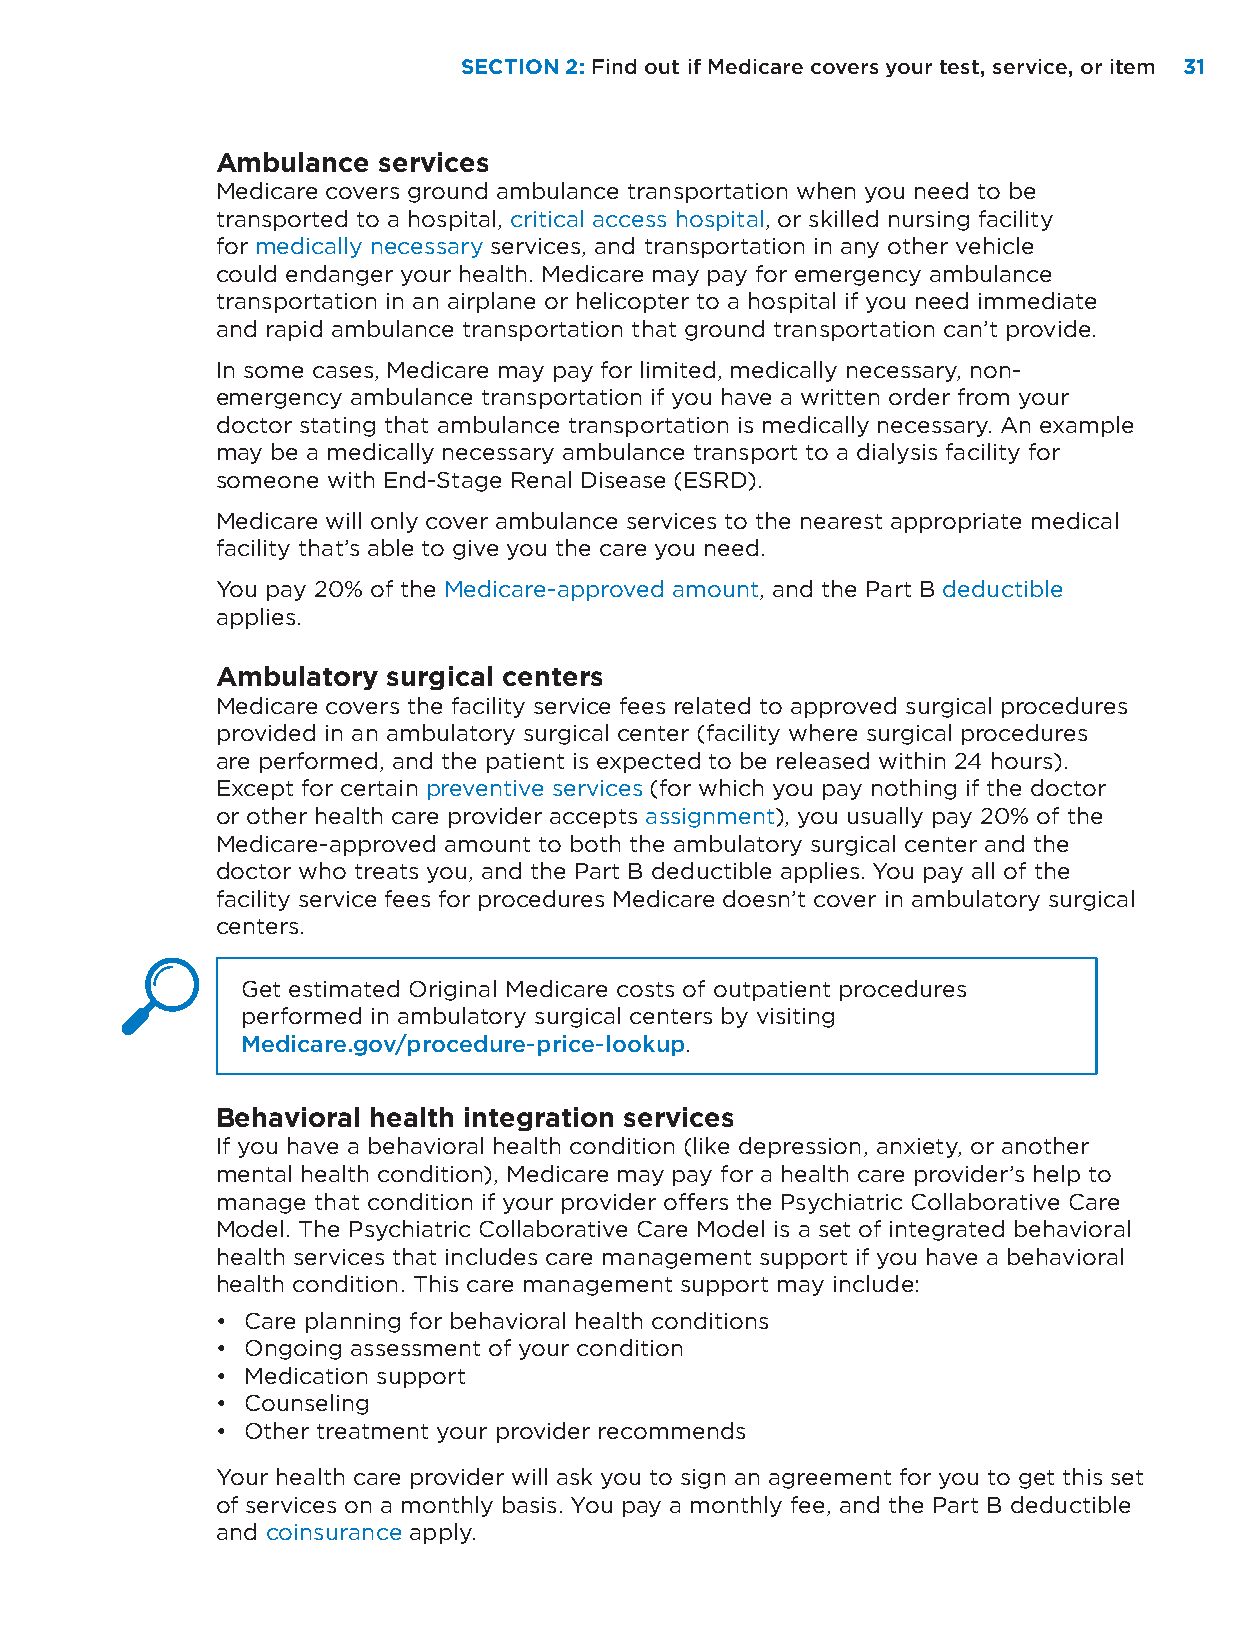
SECTION 2: Find out if Medicare covers your test, service, or item 3311
 Ambulance  services
 Medicare covers ground ambulance transportation when you need to be
 transported to a hospital, critical access hospital, or skilled nursing facility
 for medically necessary services, and transportation in any other vehicle
 could endanger your health. Medicare may pay for emergency ambulance
 transportation in an airplane or helicopter to a hospital if you need immediate
 and rapid ambulance transportation that ground transportation can’t provide.
 In some cases, Medicare may pay for limited, medically necessary, non-
 emergency ambulance transportation if you have a written order from your
 doctor stating that ambulance transportation is medically necessary. An example
 may be a medically necessary ambulance transport to a dialysis facility for
 someone with End-Stage Renal Disease (ESRD).
 Medicare will only cover ambulance services to the nearest appropriate medical
 facility that’s able to give you the care you need.
 You pay 20% of the Medicare-approved amount, and the Part B deductible
 applies.
 Ambulatory  surgical centers
 Medicare covers the facility service fees related to approved surgical procedures
 provided in an ambulatory surgical center (facility where surgical procedures
 are performed, and the patient is expected to be released within 24 hours).
 Except for certain preventive services (for which you pay nothing if the doctor
 or other health care provider accepts assignment), you usually pay 20% of the
 Medicare-approved amount to both the ambulatory surgical center and the
 doctor who treats you, and the Part B deductible applies. You pay all of the
 facility service fees for procedures Medicare doesn’t cover in ambulatory surgical
 centers.
 Get estimated Original Medicare costs of outpatient procedures
 performed in ambulatory surgical centers by visiting
 Medicare.gov/procedure-price-lookup.
 Behavioral health integration services
 If you have a behavioral health condition (like depression, anxiety, or another
 mental health condition), Medicare may pay for a health care provider’s help to
 manage that condition if your provider offers the Psychiatric Collaborative Care
 Model. The Psychiatric Collaborative Care Model is a set of integrated behavioral
 health services that includes care management support if you have a behavioral
 health condition. This care management support may include:
 • Care planning for behavioral health conditions
 • Ongoing assessment of your condition
 • Medication support
 • Counseling
 • Other treatment your provider recommends
 Your health care provider will ask you to sign an agreement for you to get this set
 of services on a monthly basis. You pay a monthly fee, and the Part B deductible
 and coinsurance apply.